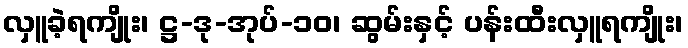
လှူခဲ့ရကျိုး၊ ဋ္ဌ-ဒု-အုပ်-၁၀၊ ဆွမ်းနှင့် ပန်းထီးလှူရကျိုး၊